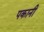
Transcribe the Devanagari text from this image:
पकानी